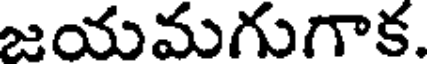
జయమగుగాక.